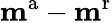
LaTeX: \mathbf{m}^{\mathrm{a}}-\mathbf{m}^{\mathrm{r}}